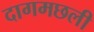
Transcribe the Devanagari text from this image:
दागमछली